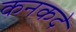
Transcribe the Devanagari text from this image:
कनकदे